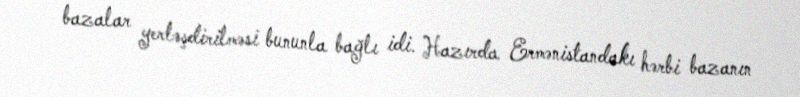
bazalar yerləşdirilməsi bununla bağlı idi. Hazırda Ermənistandakı hərbi bazanın